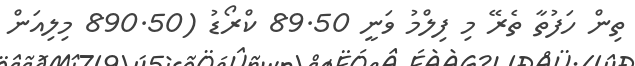
ތިން ހަފުތާ ތެރޭ މި ފިލްމު ވަނީ 89.50 ކްރޯޑު (890.50 މިލިއަން